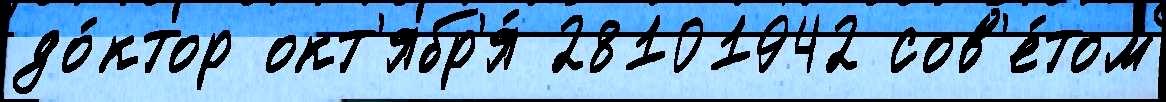
до́ктор окт'ябр'я́ 28101942 сов'е́том